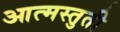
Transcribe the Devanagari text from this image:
आत्मस्तुती